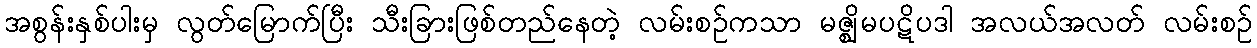
အစွန်းနှစ်ပါးမှ လွတ်မြောက်ပြီး သီးခြားဖြစ်တည်နေတဲ့ လမ်းစဉ်ကသာ မဇ္ဈိမပဋိပဒါ အလယ်အလတ် လမ်းစဉ်